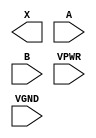
module sky130_fd_sc_hs__xor2 (
    X   ,
    A   ,
    B   ,
    VPWR,
    VGND
);

    output X   ;
    input  A   ;
    input  B   ;
    input  VPWR;
    input  VGND;
endmodule